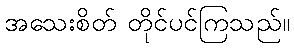
အသေးစိတ် တိုင်ပင်ကြသည်။